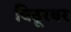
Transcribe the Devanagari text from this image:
बिठूरवर